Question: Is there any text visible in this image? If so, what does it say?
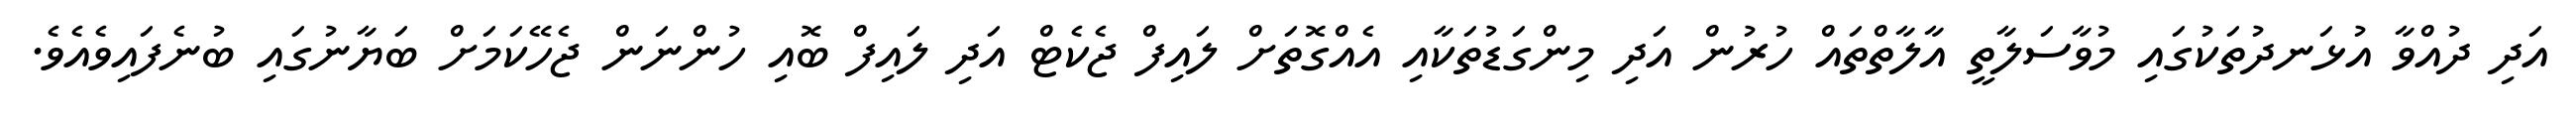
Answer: އަދި ދުއްވާ އުޅަނދުތަކުގައި މުވާސަލާތީ އާލާތްތައް ހުރުން އަދި މިންގަޑުތަކާއި އެއްގޮތަށް ލައިފް ޖެކެޓް އަދި ލައިފް ބޮއި ހުންނަން ޖެހޭކަމަށް ބަޔާނުގައި ބުނެފައިވެއެވެ.